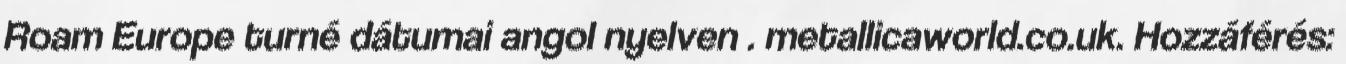
Roam Europe turné dátumai angol nyelven . metallicaworld.co.uk. Hozzáférés: